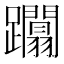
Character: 躢